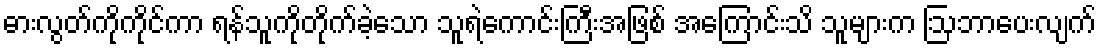
ဓားလွတ်ကိုကိုင်ကာ ရန်သူကိုတိုက်ခဲ့သော သူရဲကောင်းကြီးအဖြစ် အကြောင်းသိ သူများက ဩဘာပေးလျက်